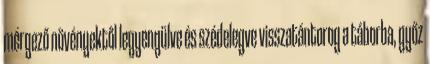
mérgező növényektől legyengülve és szédelegve visszatántorog a táborba, győz